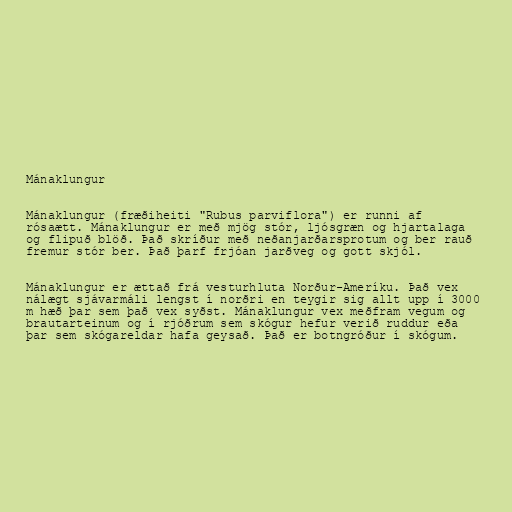
Mánaklungur

Mánaklungur (fræðiheiti "Rubus parviflora") er runni af
rósaætt. Mánaklungur er með mjög stór, ljósgræn og hjartalaga
og flipuð blöð. Það skríður með neðanjarðarsprotum og ber rauð
fremur stór ber. Það þarf frjóan jarðveg og gott skjól.

Mánaklungur er ættað frá vesturhluta Norður-Ameríku. Það vex
nálægt sjávarmáli lengst í norðri en teygir sig allt upp í 3000
m hæð þar sem það vex syðst. Mánaklungur vex meðfram vegum og
brautarteinum og í rjóðrum sem skógur hefur verið ruddur eða
þar sem skógareldar hafa geysað. Það er botngróður í skógum.